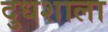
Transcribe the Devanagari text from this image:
दुधशाला